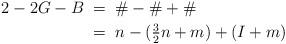
LaTeX: \begin{align*}2-2G-B \;&=\; \#-\#+\# \\\;&=\; n - (\tfrac32 n + m) + (I+m) \end{align*}